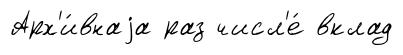
Арх'и́внаjа раз числ'е́ вклад